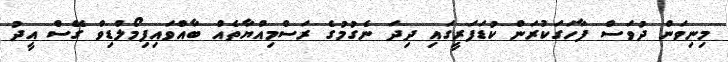
މިނިވަން ދުވަސް ފާހަގަކުރަން ކުޑަފަރީގައި ދިދަ ނެގުމުގެ ރަސްމިއްޔާތެއް ބާއްވައިފިމޯލްޑިވް ގޭސް އީދު